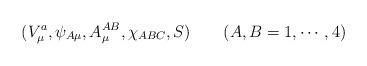
LaTeX: \begin{align*}(V^a_\mu,\psi_{A\mu},A_\mu^{AB},\chi_{ABC},S) \quad\quad (A,B=1 ,\cdots,4)\end{align*}